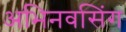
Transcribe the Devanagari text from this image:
अभिनवसिंग